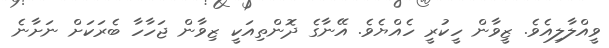
ވީއްލާލިއެވެ. ޒީވާން ހީކުރީ ހެއްޔެވެ. އޭނާގެ ދޮންތިއަކީ ޒިވާން ޖަހާހާ ބެރަކަށް ނަށާނެ